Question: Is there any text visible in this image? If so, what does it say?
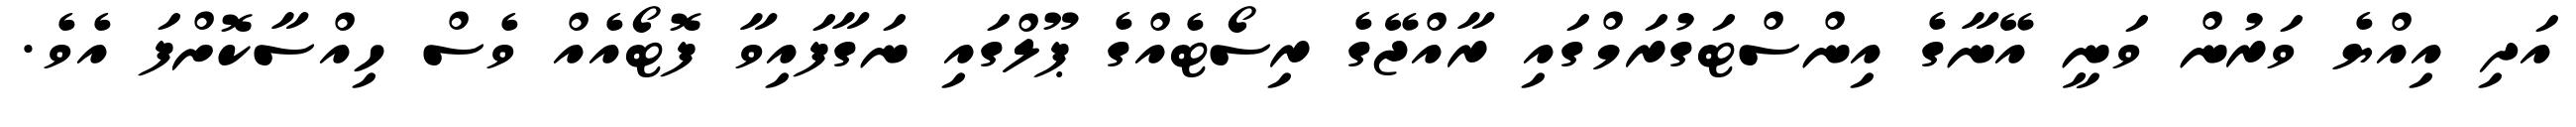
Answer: އަދި އިއްޔެ ވަރުން ވަނީ އޭނާގެ އިންސްޓަގުރަމްގައި ރާއްޖޭގެ ރިސޯޓެއްގެ ޕޫލްގައި ނަގާފައިވާ ފޮޓޯއެއް ވެސް ހިއްސާކޮށްފަ އެވެ.